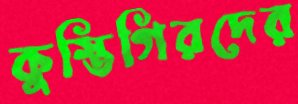
কুস্তিগিরদের